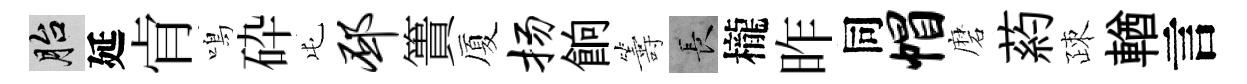
胎延肻鳴砕屯邳簣厦扬餉籌长櫳昨同帽磨葯疎輶言